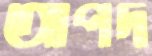
আপদ